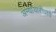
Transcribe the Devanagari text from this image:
अन्यायारोधात